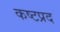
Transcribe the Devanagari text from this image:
कष्‍टप्रद